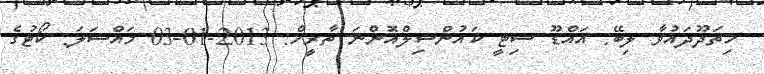
ހިތަދޫދައުވާ ލިބޭ: އައްޑޫ ސިޓީ ކައުންސިލްއޮންނަ ތާރީޚް: 2013-01-03 މައްސަލަ: ކޯޓުގެ